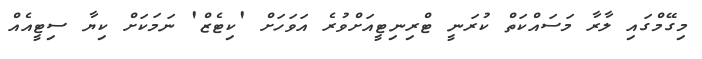
މިގޭމްގައި ލާރާ މަސައްކަތް ކުރަނީ ޓްރިނިޓީއަށްވުރެ އަވަހަށް 'ކިޓެޒް' ނަމަކަށް ކިޔާ ސިޓީއެއް